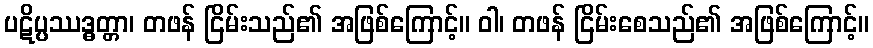
ပဋိပ္ပဿဒ္ဓတ္တာ၊ တဖန် ငြိမ်းသည်၏ အဖြစ်ကြောင့်။ ဝါ၊ တဖန် ငြိမ်းစေသည်၏ အဖြစ်ကြောင့်။